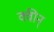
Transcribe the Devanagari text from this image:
क्वीन्